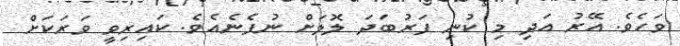
ވަހެވެ. އޭރު އަދި މި ކުނި ފަރުބަދަ ލޮލަށް ނުފެނެއެވެ. ކައިރިވީ ވަރަކަށް